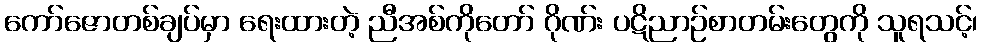
ကော်ဇောတစ်ချပ်မှာ ရေးထားတဲ့ ညီအစ်ကိုတော် ဂိုဏ်း ပဋိညာဉ်စာတမ်းတွေကို သူရသင့်၊